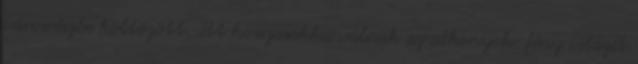
városrészbe költözött. Itt hosszasakká válnak az alkonyok: fény világít